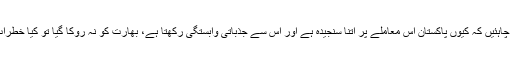
گفتگو کے بنیادی نقاط بھی ٹھوس حقائق پر مبنی ہونے چاہئیں کہ کیوں پاکستان اس معاملے پر اتنا سنجیدہ ہے اور اس سے جذباتی وابستگی رکھتا ہے، بھارت کو نہ روکا گیا تو کیا خطرات جنم لیں گے، اس کے علاوہ کیا خدشات ہوسکتے ہیں۔